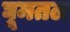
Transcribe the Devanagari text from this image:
घूमतल